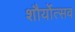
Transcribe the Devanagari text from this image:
शौर्योत्सव